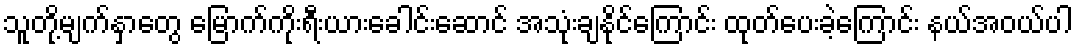
သူတို့မျက်နှာတွေ မြောက်ကိုးရီးယားခေါင်းဆောင် အသုံးချနိုင်ကြောင်း ထုတ်ပေးခဲ့ကြောင်း နယ်အဝယ်ပါ